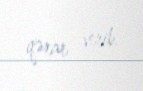
qərar verib.